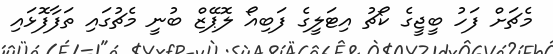
މެޗަށް ފަހު ބީޖީގެ ކޯޗު އިޓަލީގެ ފަބިއޯ ލޮޕޭޒް ބުނީ މެޗުގައި ތަފާފޮޅައި